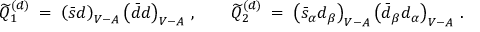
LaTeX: \widetilde { Q } _ { 1 } ^ { ( d ) } \; = \; \left( \bar { s } d \right) _ { V - A } \left( \bar { d } d \right) _ { V - A } \, , \qquad \widetilde { Q } _ { 2 } ^ { ( d ) } \; = \; \left( \bar { s } _ { \alpha } d _ { \beta } \right) _ { V - A } \left( \bar { d } _ { \beta } d _ { \alpha } \right) _ { V - A } \, .